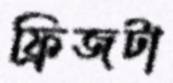
ফ্রিজটা